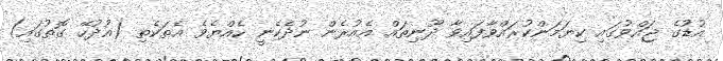
އުޑުގެ ޖައްވުގައި ކިޔަމަންކުރައްވާފައިވާ ދޫނިތައް އެއުރެން ނުދެކެނީ ހެއްޔެވެ އެތަކެތި (އުދުހޭ ގޮތުގައި)